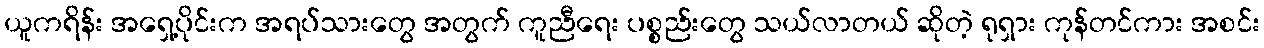
ယူကရိန်း အရှေ့ပိုင်းက အရပ်သားတွေ အတွက် ကူညီရေး ပစ္စည်းတွေ သယ်လာတယ် ဆိုတဲ့ ရုရှား ကုန်တင်ကား အစင်း